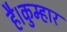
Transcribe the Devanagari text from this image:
है।कुम्हार